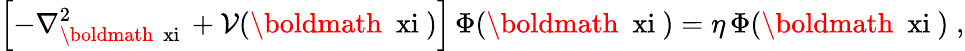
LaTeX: \left[-\nabla_{\mathrm{\boldmath~\scriptstyle{\ xi}~}}^{2}+{\mathcal V}(\mathrm{\boldmath~\ xi~})\right]\, \Phi(\mathrm{\boldmath~\ xi~})=\eta\, \Phi(\mathrm{\boldmath~\ xi~})\; ,